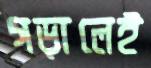
গড়ালেই